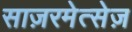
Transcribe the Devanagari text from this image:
साज़रमेत्सेज़